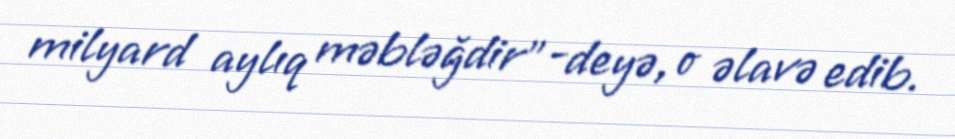
milyard aylıq məbləğdir”-deyə, o əlavə edib.